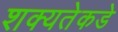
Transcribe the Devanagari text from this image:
शक्यतेकडे